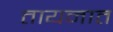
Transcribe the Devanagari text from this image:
तायनात